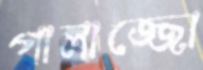
পালাজ্জো